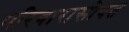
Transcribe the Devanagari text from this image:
परिवारासोबत